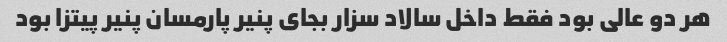
هر دو عالی بود فقط داخل سالاد سزار بجای پنیر پارمسان پنیر پیتزا بود